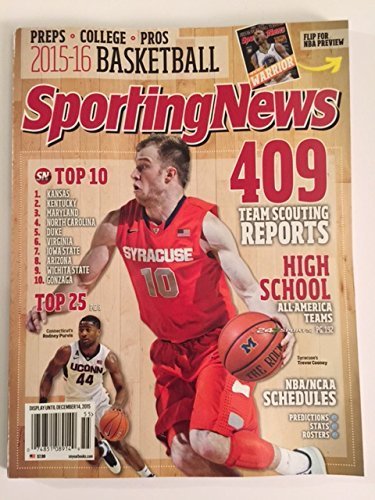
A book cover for Sporting News 2015 - 2016 College Basketball Syracuse's Trevor Cooney Cover; Sports & Outdoors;